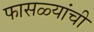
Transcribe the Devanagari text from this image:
फासळ्यांची